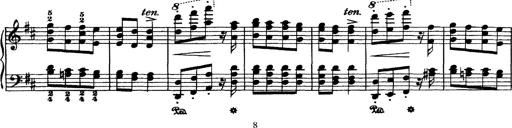
Title: Hungarian Rhapsody No.7
Composer: Franz Liszt
Key: D minor